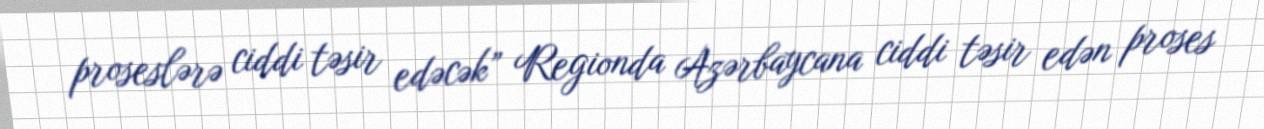
proseslərə ciddi təsir edəcək” Regionda Azərbaycana ciddi təsir edən proses